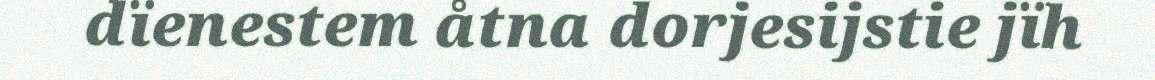
dïenestem åtna dorjesijstie jïh